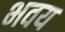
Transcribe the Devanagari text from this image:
भवय